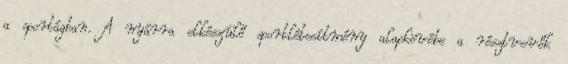
a sportágban. A nyárra elkészülő sportlétesítmény alapkövébe a résztvevők